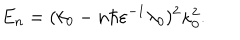
E _ { n } = ( k _ { 0 } - n \hbar \varepsilon ^ { - 1 } \lambda _ { 0 } ) ^ { 2 } \kappa _ { 0 } ^ { 2 } .